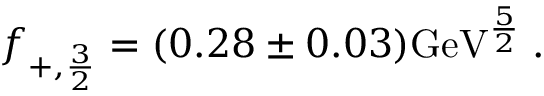
f _ { + , { \frac { 3 } { 2 } } } = ( 0 . 2 8 \pm 0 . 0 3 ) \mathrm { G e V } ^ { \frac { 5 } { 2 } } \; .